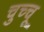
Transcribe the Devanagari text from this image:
चुच्चू